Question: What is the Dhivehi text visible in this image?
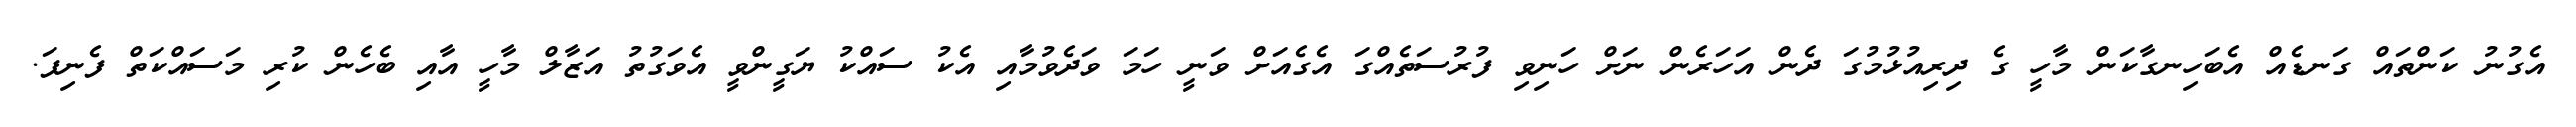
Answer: އެގުނު ކަންތައް ގަނޑެއް އެބަހިނގާކަން މާހީ ގެ ދިރިއުޅުމުގަ ދެން އަހަރެން ނަށް ހަނިވި ފުރުސަތެއްގަ އެގެއަށް ވަނީ ހަމަ ވަދެވުމާއި އެކު ސައްކު ޔަގީންވީ އެވަގުތު އަޒާލް މާހީ އާއި ބެހެން ކުރި މަސައްކަތް ފެނިފަ.